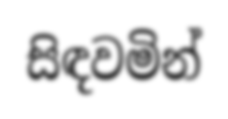
සිඳවමින්